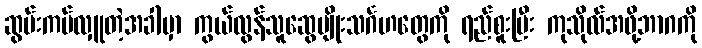
ဆွမ်းကပ်လှူတဲ့အခါမှာ ကွယ်လွန်သူဆွေမျိုးသင်္ဂဟတွေကို ရည်စူးပြီး ကုသိုလ်အဖို့ဘာဂကို